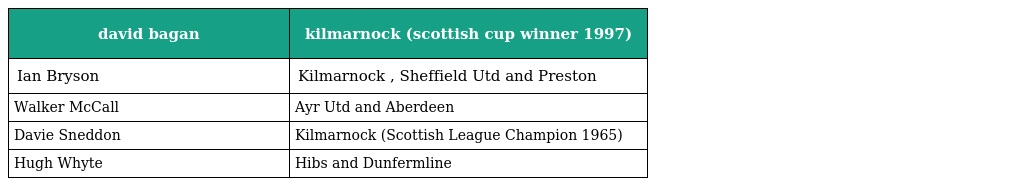
| david bagan | kilmarnock (scottish cup winner 1997) |
 | --- | --- |
 | Ian Bryson | Kilmarnock , Sheffield Utd and Preston |
 | Walker McCall | Ayr Utd and Aberdeen |
 | Davie Sneddon | Kilmarnock (Scottish League Champion 1965) |
 | Hugh Whyte | Hibs and Dunfermline |